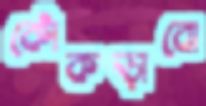
কোঁকড়াবো